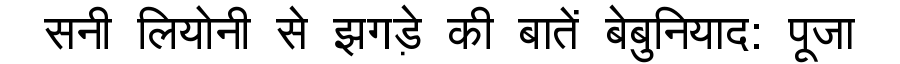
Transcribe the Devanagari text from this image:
सनी लियोनी से झगड़े की बातें बेबुनियाद: पूजा